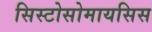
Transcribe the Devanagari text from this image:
सिस्टोसोमायसिस